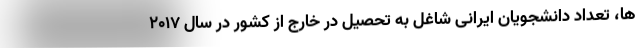
ها، تعداد دانشجویان ایرانی شاغل به تحصیل در خارج از کشور در سال ۲۰۱۷